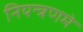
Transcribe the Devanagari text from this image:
नियन्त्रणमे